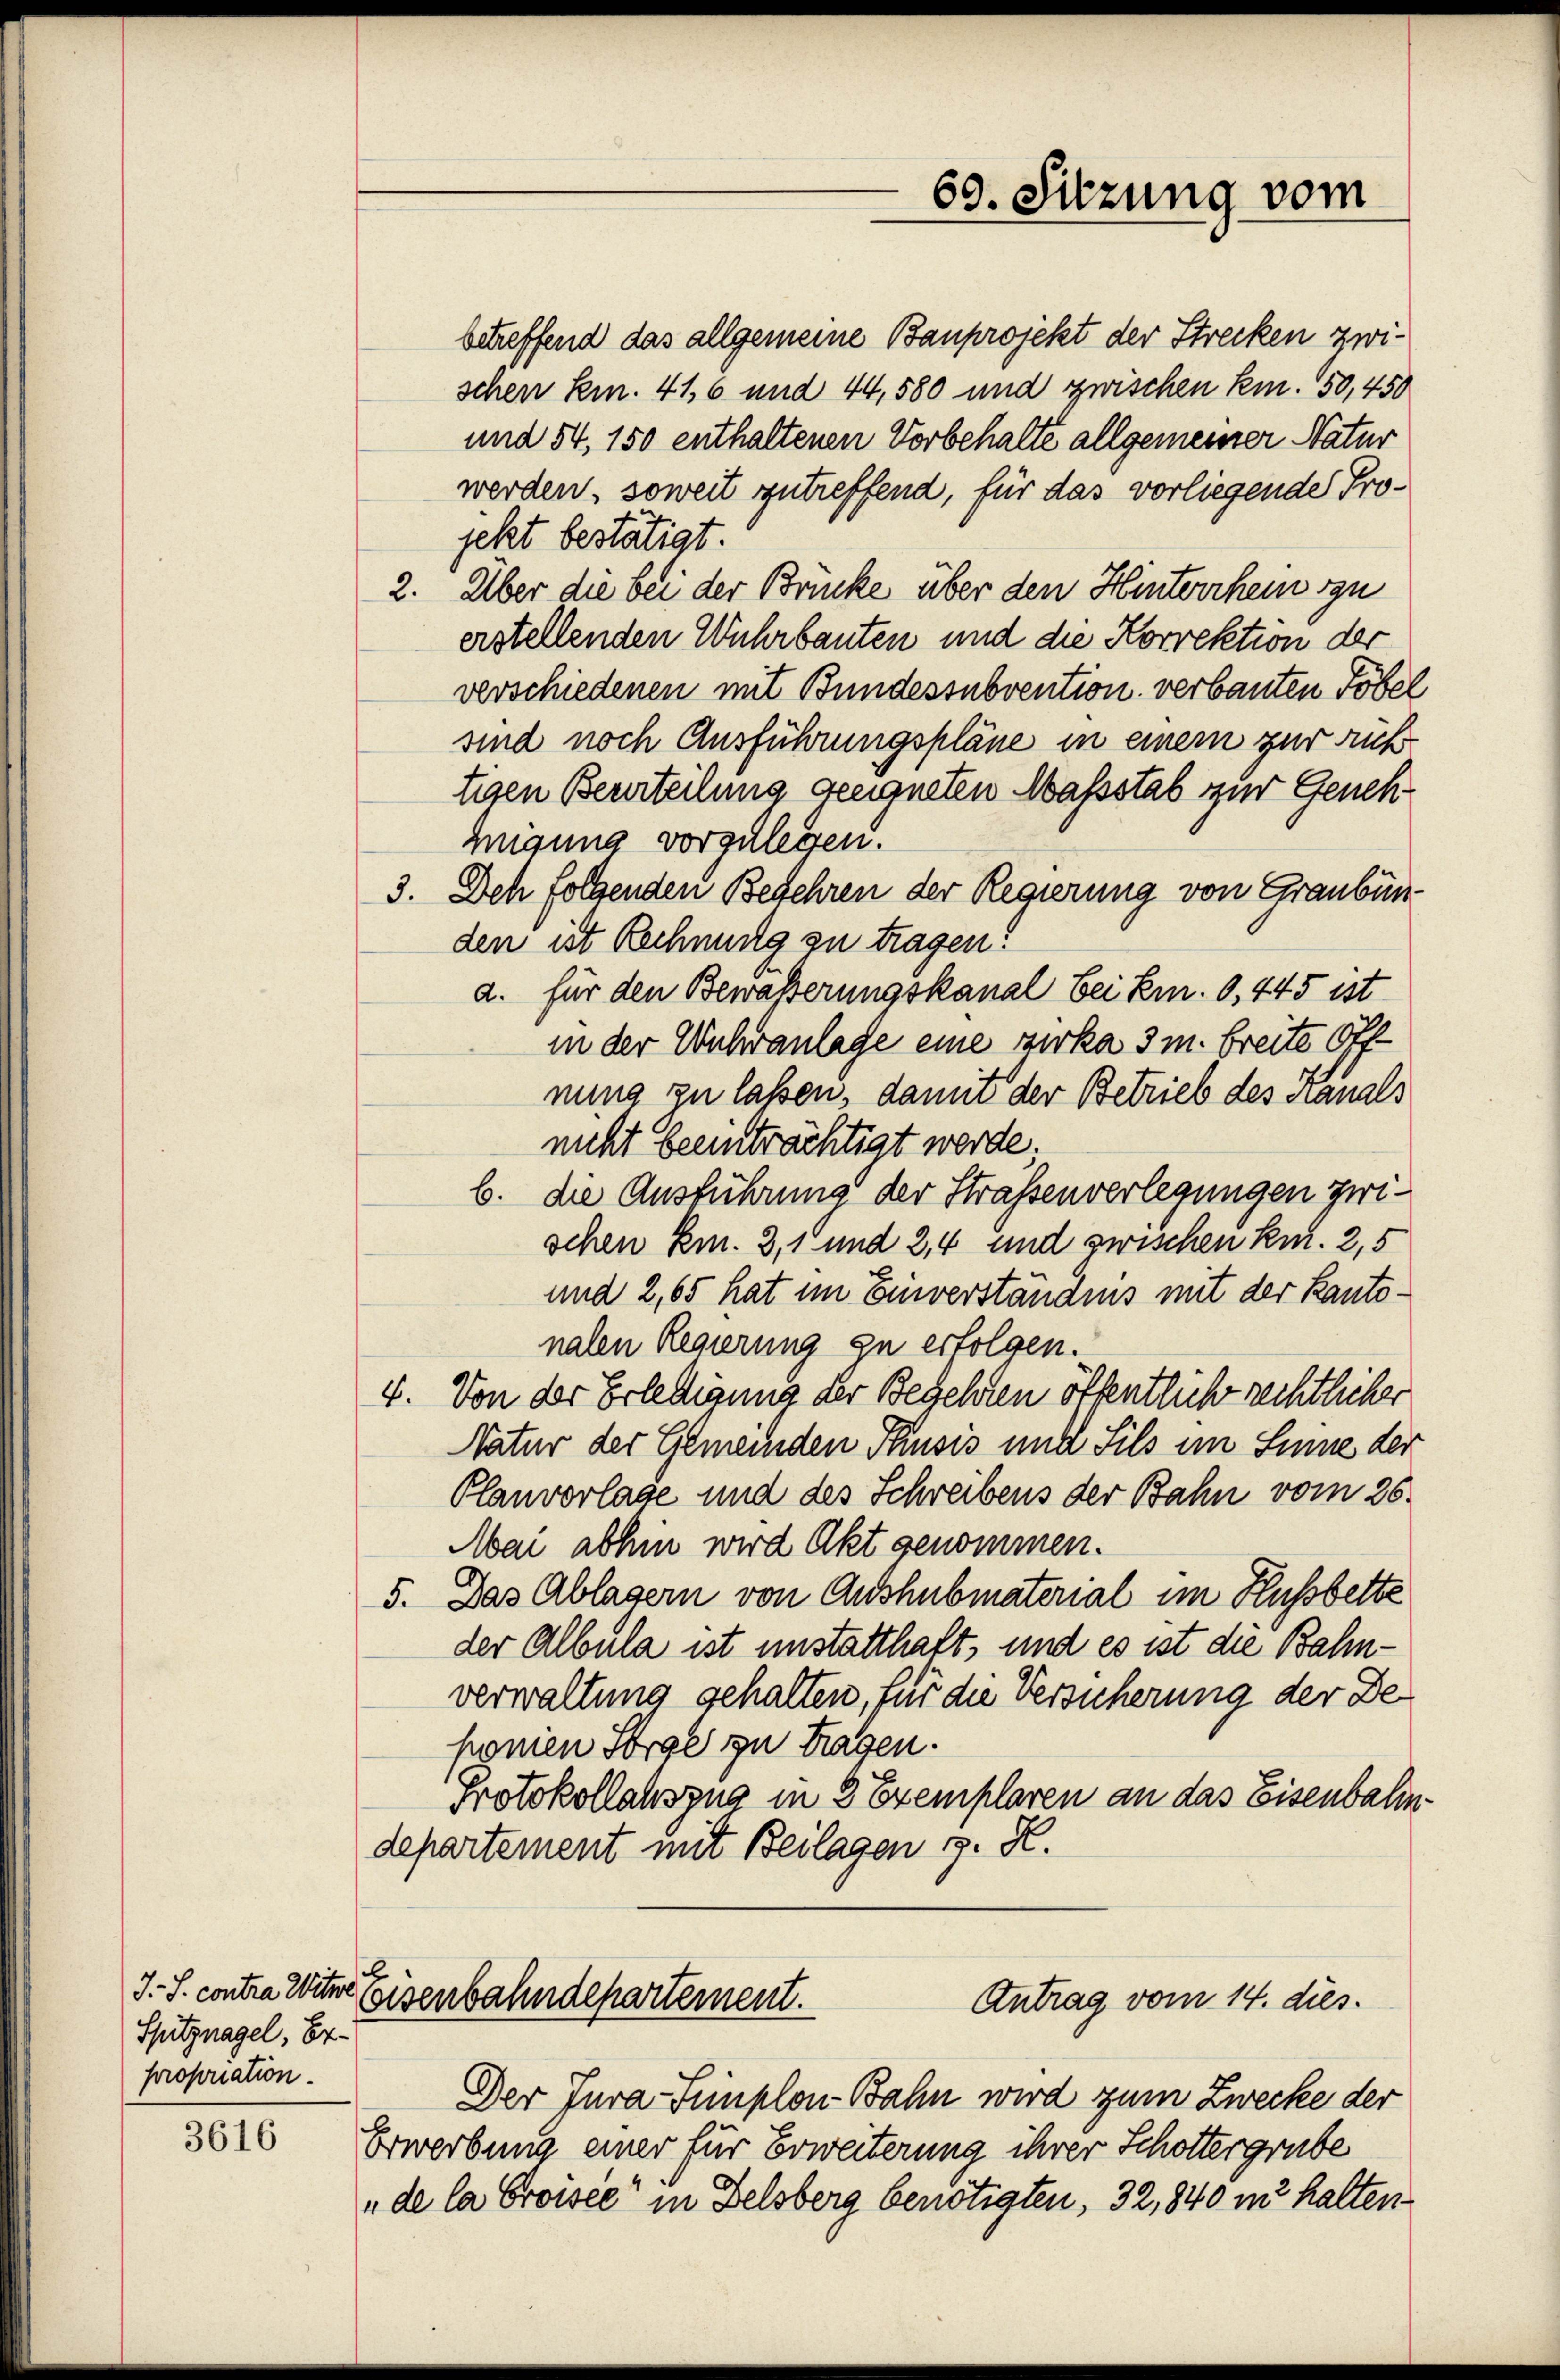
J.S. contra Witwe
Spitznagel, Erproponation.

3616

69. Sitzung vom

betreffend das allgemeine Bauprojekt der Strecken zwischen Kemn. 416 und 44, 580 und zwischen kn. 50, 450
und 54, 150 enthaltenen Vorbehalte allgemeiner Natur
werden, soweit zutreffend, für das vorliegende Projekt bestätigt.
2. Über die bei der Brücke über den Hinterrhein zu
erstellenden Wuhrbauten und die Korrektion der
verschiedenen mit Bundessubvention verbauten Töbel
sind noch Ausführungspläne in einem zur Rußtigen Beurteilung geeigneten Massstab zur Genehmgung vorzulegen.
3. Deh folgenden Begehren der Regierung von Graubünden ist Rechnung zu tragen?
d. für den Bewässerungskanal bei Em. 6, 445 ist
in der Wuhranlage eine zirka 3 m breite Offnung zu lassen, damit der Betrieb des Kanals
nicht beeinträchtigt werde;
b. die Ausführung der Strassenverlegungen zwischen Em. 3, 1 und 2, 4 und zwischen kur. 2, 5
und 2,65 hat im Einverständnis mit der Kantonalen Regierung zu erfolgen.
4. Von der Erledigung der Begehren öffentlich rechtlicher
Natur der Gemeinden Thusis und Sils im Sinne der
Planvorlage und des Schreibens der Bahn vom 26.
Mai abhin wird Akt genommen.
5. Das Ablagern von Aushubmaterial im Hussbette
der Albula ist unstatthaft, und es ist die Bahnverwaltung gehalten, für die Versicherung der Deponien Sorge zu tragen.
Protokollauszug in 3 Exemplaren an das Eisenbahndepartement mit Beilagen z. K.

Eisenbahndepartement.
Antrag vom 14. dies.

Der Jura Funplon Bahn wird zum Zwecke der
Erwerbung einer für Erweiterung ihrer Schottergrube
„de la Croisée“ in Felsberg benötigten, 32, 840 in halten